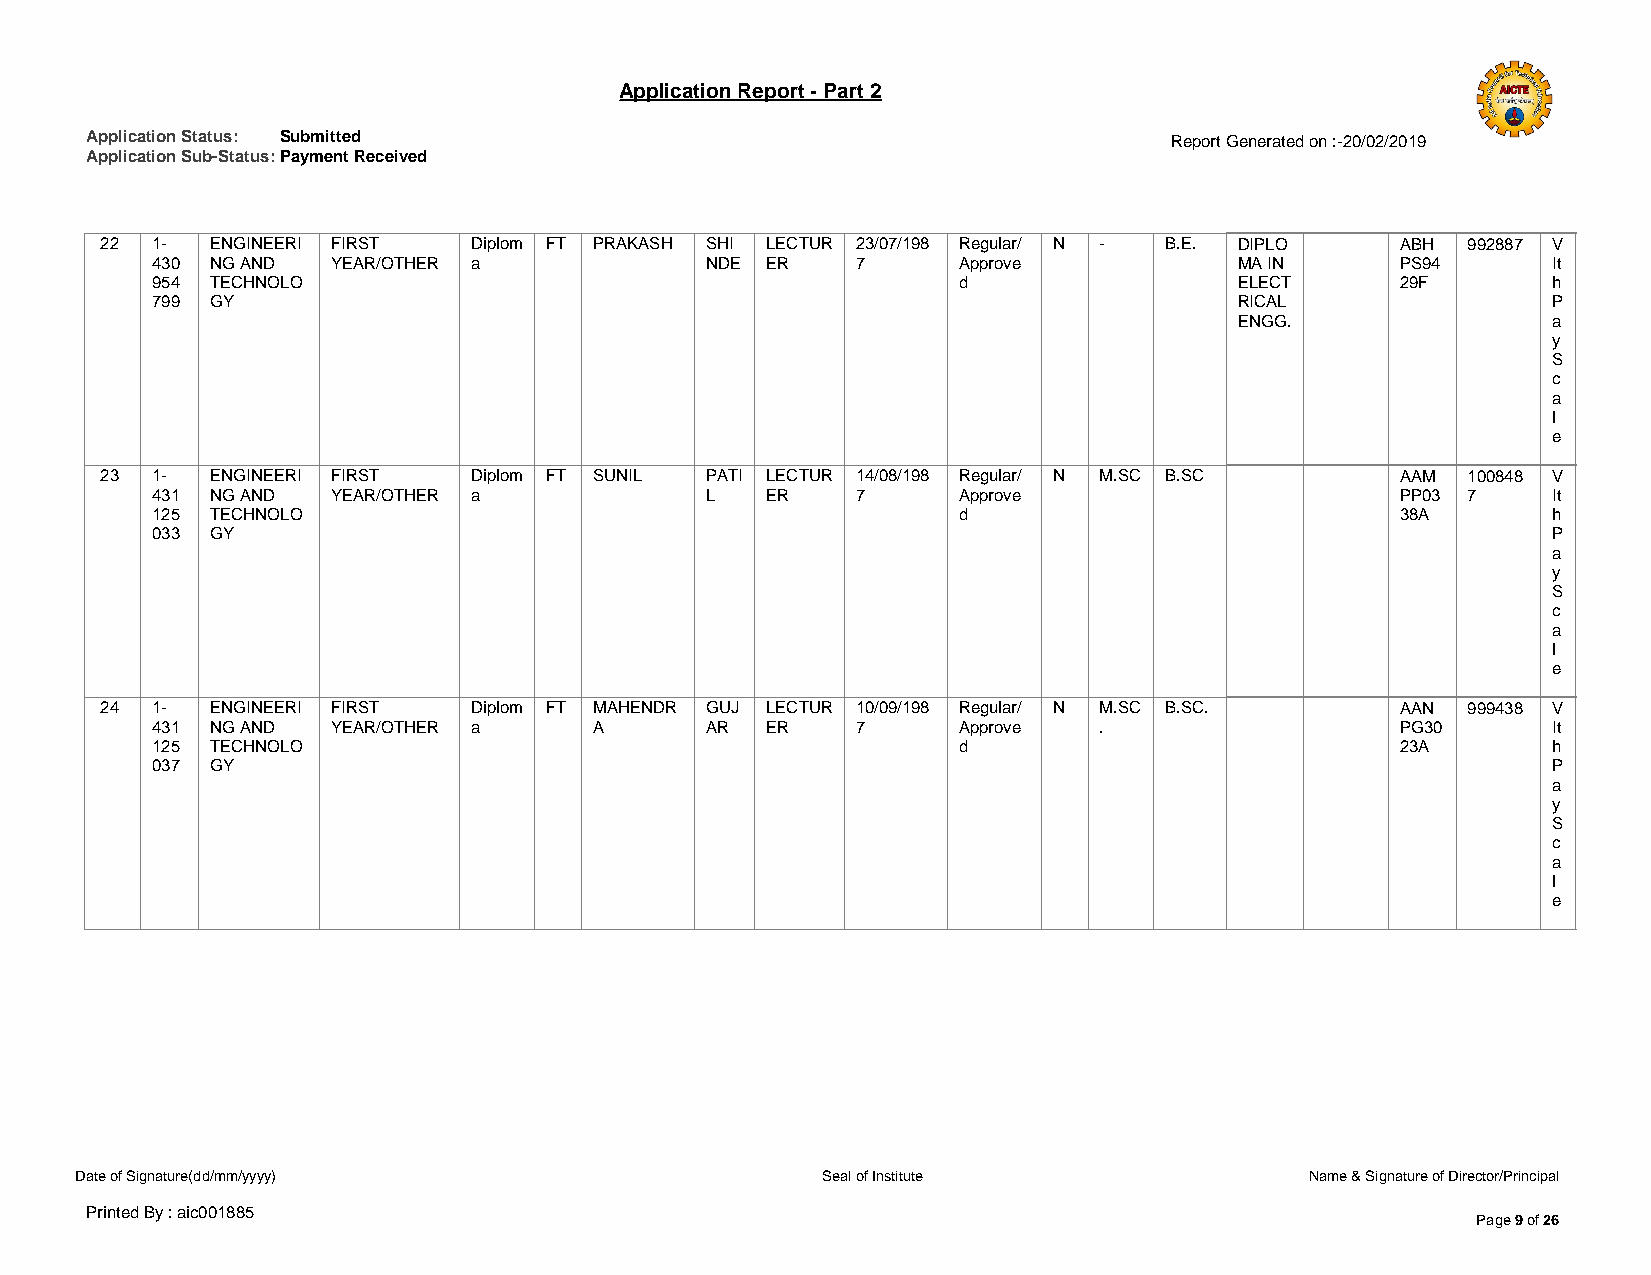
Application Report - Part 2
 Application Status: Submitted                                          Report Generated on :-20/02/2019
 Application Sub-Status: Payment Received
 22 1-  ENGINEERI FIRST  Diplom FT PRAKASH SHI LECTUR 23/07/198 Regular/ N - B.E. DIPLO ABH 992887 V
 430 NG AND  YEAR/OTHER a             NDE ER    7     Approve            MA IN      PS94      It
 954 TECHNOLO                                         d                  ELECT      29F       h
 799 GY                                                                  RICAL                P
 ENGG.                a
 y
 S
 c
 a
 l
 e
 23 1-  ENGINEERI FIRST  Diplom FT SUNIL PATI LECTUR 14/08/198 Regular/ N M.SC B.SC    AAM 100848 V
 431 NG AND  YEAR/OTHER a             L   ER    7     Approve                       PP03 7    It
 125 TECHNOLO                                         d                             38A       h
 033 GY                                                                                       P
 a
 y
 S
 c
 a
 l
 e
 24 1-  ENGINEERI FIRST  Diplom FT MAHENDR GUJ LECTUR 10/09/198 Regular/ N M.SC B.SC.  AAN 999438 V
 431 NG AND  YEAR/OTHER a     A       AR  ER    7     Approve   .                   PG30      It
 125 TECHNOLO                                         d                             23A       h
 037 GY                                                                                       P
 a
 y
 S
 c
 a
 l
 e
 Date of Signature(dd/mm/yyyy)                    Seal of Institute                Name & Signature of Director/Principal
 Printed By : aic001885
 Page 9 of 26